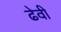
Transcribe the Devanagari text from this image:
ढेवी